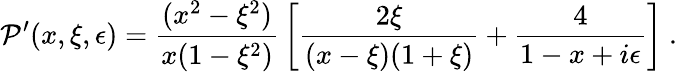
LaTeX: \mathcal{P}^{\prime}(x,\xi,\epsilon)={\frac{{(x^{2}-\xi^{2})}}{{x(1-\xi^{2})}}}\left[{\frac{{2\xi}}{{(x-\xi)(1+\xi)}}}+{\frac{{4}}{{1-x+i\epsilon}}}\right]\ .